Document type: Endowment
Year: 1330
Scribe: Arnau [Delpàs]
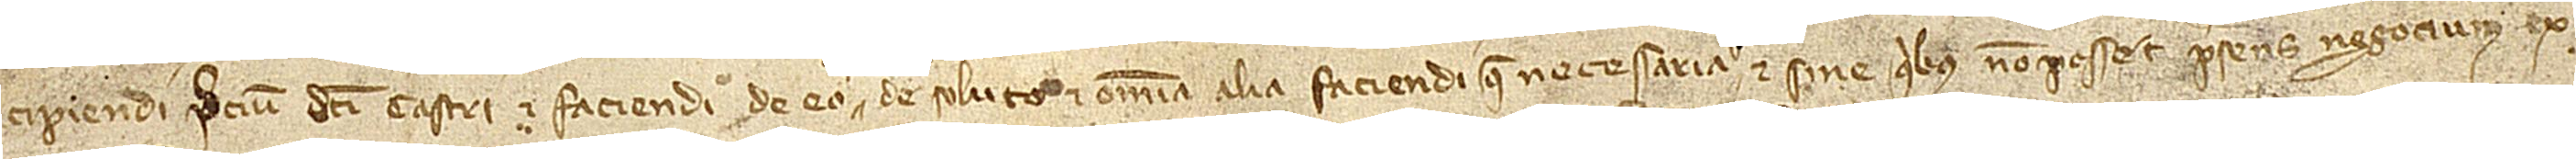
cipiendi precium dicti castri et faciendi de eo de soluto et omnia alia faciendi que necessaria et sine quibus non posset presens negocium ex-